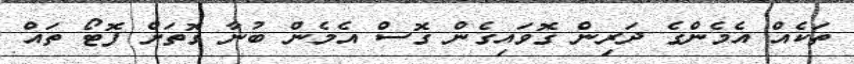
ތަކެއް އެމެންގެ ދަރިން ގޮވައިގެން ގޮސް އެމެން ބުނާ ގޮތަށް ފޮޓޯ ތައް